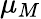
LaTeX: \mu_{M}